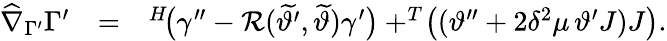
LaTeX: \begin{array}{rlr}{\widehat{\nabla}_{\Gamma^{\prime}}\Gamma^{\prime}}&{=}&{^{H}\! \big(\gamma^{\prime\prime}-\mathcal{R}(\widetilde{\vartheta^{\prime}},\widetilde{\vartheta})\gamma^{\prime}\big)+^{T}\! \big((\vartheta^{\prime\prime}+2\delta^{2}\mu\, \vartheta^{\prime}J)J\big).}\end{array}